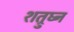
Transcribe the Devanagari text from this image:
शत्रुघ्‍न